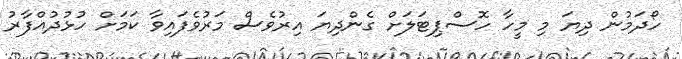
ހޯދަމުން ދިޔަ މި މީހާ ހޮސްޕިޓަލަށް ގެންދިޔަ އިރުވެސް މަރުވެފައިވާ ކަމަށް ހުޅުދުއްފާރު